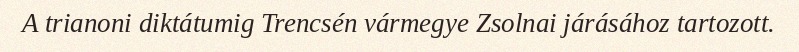
A trianoni diktátumig Trencsén vármegye Zsolnai járásához tartozott.